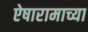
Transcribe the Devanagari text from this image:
ऐषारामाच्या